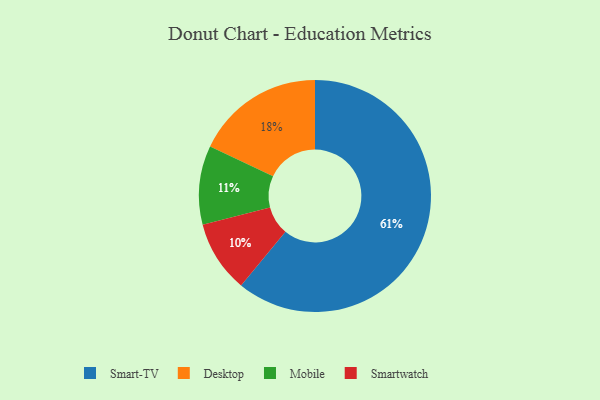
{"axis": {"x": "Category", "y": "Percentage"}, "legend": ["Desktop", "Mobile", "Smart-TV", "Smartwatch"], "data": [{"x": "Desktop", "y": 18, "type": "Desktop"}, {"x": "Smart-TV", "y": 61, "type": "Smart-TV"}, {"x": "Mobile", "y": 11, "type": "Mobile"}, {"x": "Smartwatch", "y": 10, "type": "Smartwatch"}]}